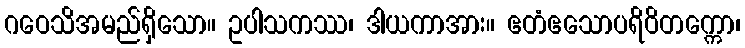
ဂဝေသိအမည်ရှိသော။ ဥပါသကဿ၊ ဒါယကာအား။ ဧတံဧသောပရိဝိတက္ကော၊